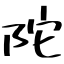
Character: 陀